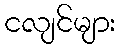
ငလျင်များ